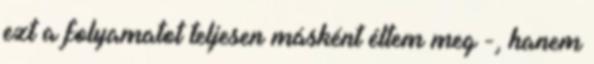
ezt a folyamatot teljesen másként éltem meg -, hanem